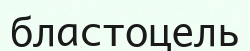
бластоцель